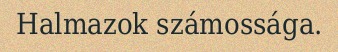
Halmazok számossága.